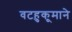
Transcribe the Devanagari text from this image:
वटहुकूमाने